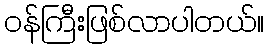
ဝန်ကြီးဖြစ်လာပါတယ်။